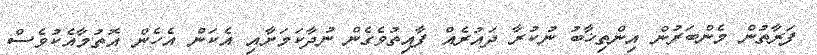
ފަރާތުން މެންބަރުން އިންތިޚާބު ނުކުރާ ދައުރެއް ފާއިތުވެގެން ނުދާކަމަށާއި އެކަން އެހެން އޮތުމާއެކުވެސް